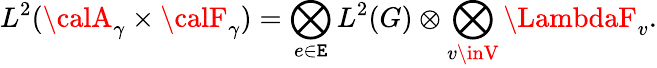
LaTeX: L^{2}({\calA}_{\gamma}\times{\calF}_{\gamma})=\bigotimes_{e\in\mathtt{E}}L^{2}(G)\otimes\bigotimes_{v\inV}\LambdaF_{v}.